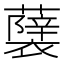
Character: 𮒵